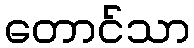
တောင်သာ